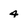
Character: 4